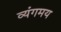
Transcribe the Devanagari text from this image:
व्यंगमय